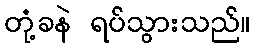
တုံ့ခနဲ ရပ်သွားသည်။